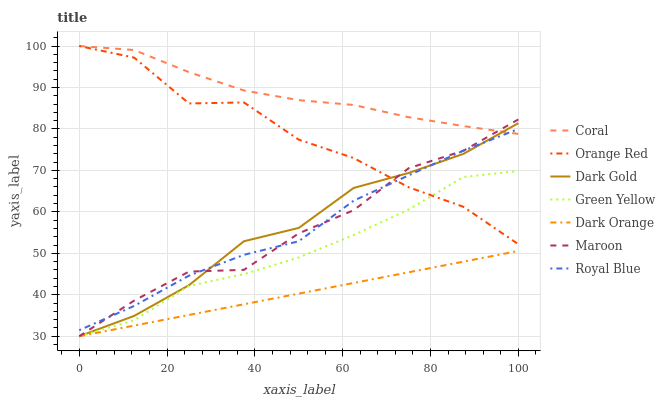
| xaxis_label | Coral | Orange Red | Dark Gold | Green Yellow | Dark Orange | Maroon | Royal Blue |
 | --- | --- | --- | --- | --- | --- | --- | --- |
 | 0 | 100 | 100 | 30 | 30 | 30 | 30 | 31.5 |
 | 12.5 | 99 | 97.2 | 34.9 | 33.9 | 32.6 | 38.6 | 37.3 |
 | 25 | 93.7 | 86.1 | 42.3 | 42.1 | 35.1 | 45.6 | 44.6 |
 | 37.5 | 89.3 | 86.4 | 52.9 | 45 | 37.7 | 46 | 49.6 |
 | 50 | 86.9 | 77.4 | 56.1 | 49 | 40.3 | 54.8 | 52.9 |
 | 62.5 | 85.8 | 73 | 65.8 | 54.4 | 42.9 | 60.4 | 62.7 |
 | 75 | 82.8 | 65.9 | 69.4 | 60.6 | 45.4 | 70.5 | 68.8 |
 | 87.5 | 80.7 | 61.2 | 74 | 68.4 | 48 | 74.8 | 74.8 |
 | 100 | 78.8 | 52.2 | 81.4 | 69.8 | 50.6 | 82.3 | 80 |